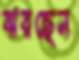
ঝরছেন